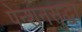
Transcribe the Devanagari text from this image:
पेन्शनसुद्धा